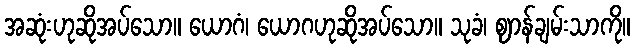
အဆုံးဟုဆိုအပ်သော။ ယောဂံ၊ ယောဂဟုဆိုအပ်သော။ သုခံ၊ ဈာန်ချမ်းသာကို။